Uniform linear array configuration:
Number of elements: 32
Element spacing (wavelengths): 1
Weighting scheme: hamming
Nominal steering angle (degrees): -60
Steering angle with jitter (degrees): -59.993
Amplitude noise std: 0.05
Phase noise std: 0.05

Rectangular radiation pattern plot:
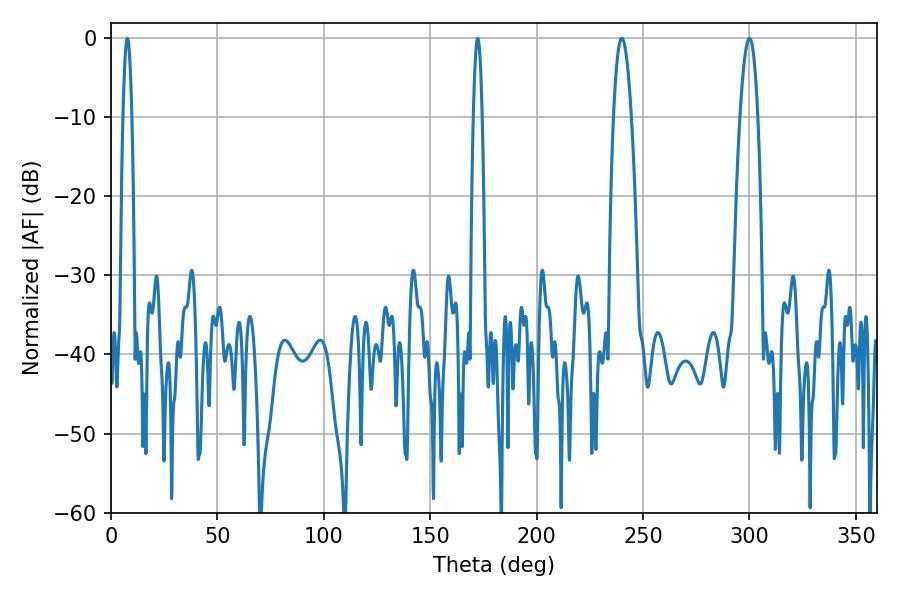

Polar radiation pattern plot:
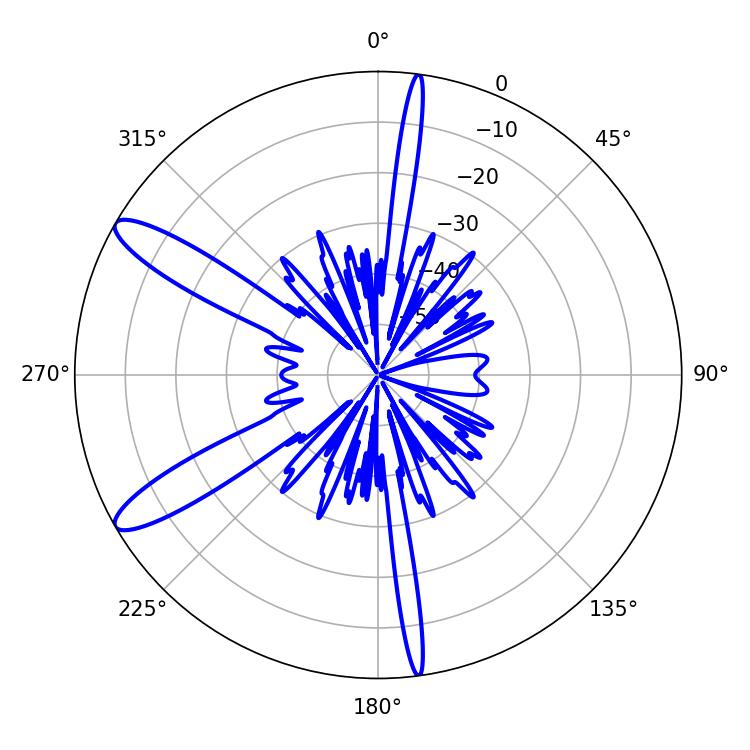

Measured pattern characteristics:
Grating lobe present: TRUE
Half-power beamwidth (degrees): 4.68
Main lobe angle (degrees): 239.94